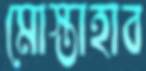
মোস্তাহাব